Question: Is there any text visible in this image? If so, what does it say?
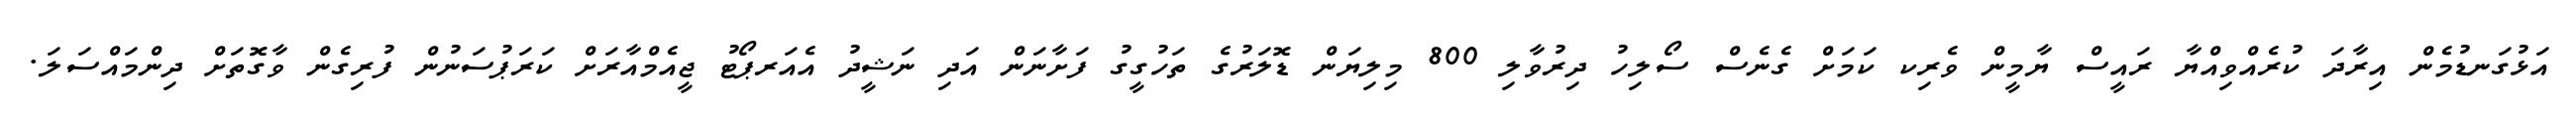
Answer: އަޅުގަނޑުމެން އިރާދަ ކުރެއްވިއްޔާ ރައީސް ޔާމީން ވެރިކ ކަމަށް ގެނެސް ސޯލިހު ދިރުވާލި 800 މިލިޔަން ޑޮލަރުގެ ތަހުގީގު ފަށާނަން އަދި ނަޝީދު އެއަރޕޯޓު ޖީއެމްއާރަށް ކަރަޕުސަނުން ފުރިގެން ވާގޮތަށް ދިންމައްސަލަ.